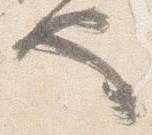
也